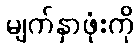
မျက်နှာဖုံးကို